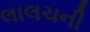
લાલચની